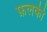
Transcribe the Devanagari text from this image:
फ़लकी